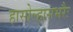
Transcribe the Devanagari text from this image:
हासोल्हासभरैः